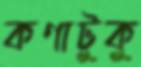
কণাটুকু